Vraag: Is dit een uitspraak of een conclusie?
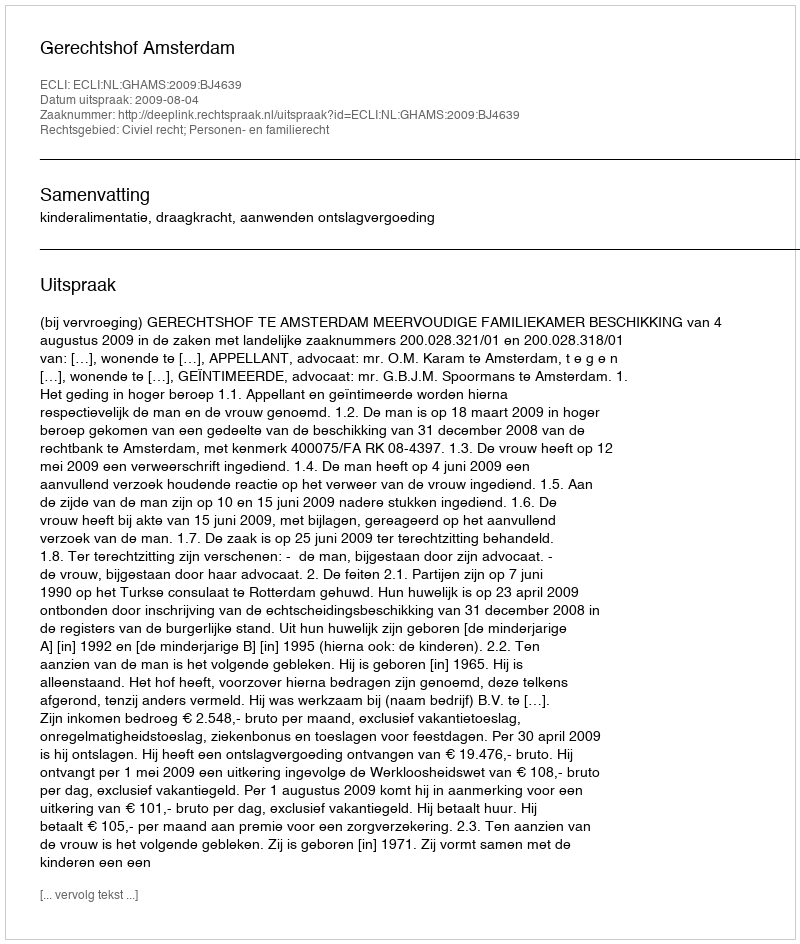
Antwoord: Uitspraak